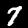
Label: 7